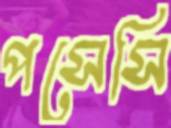
পসেসি